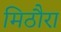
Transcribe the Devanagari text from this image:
मिठौरा